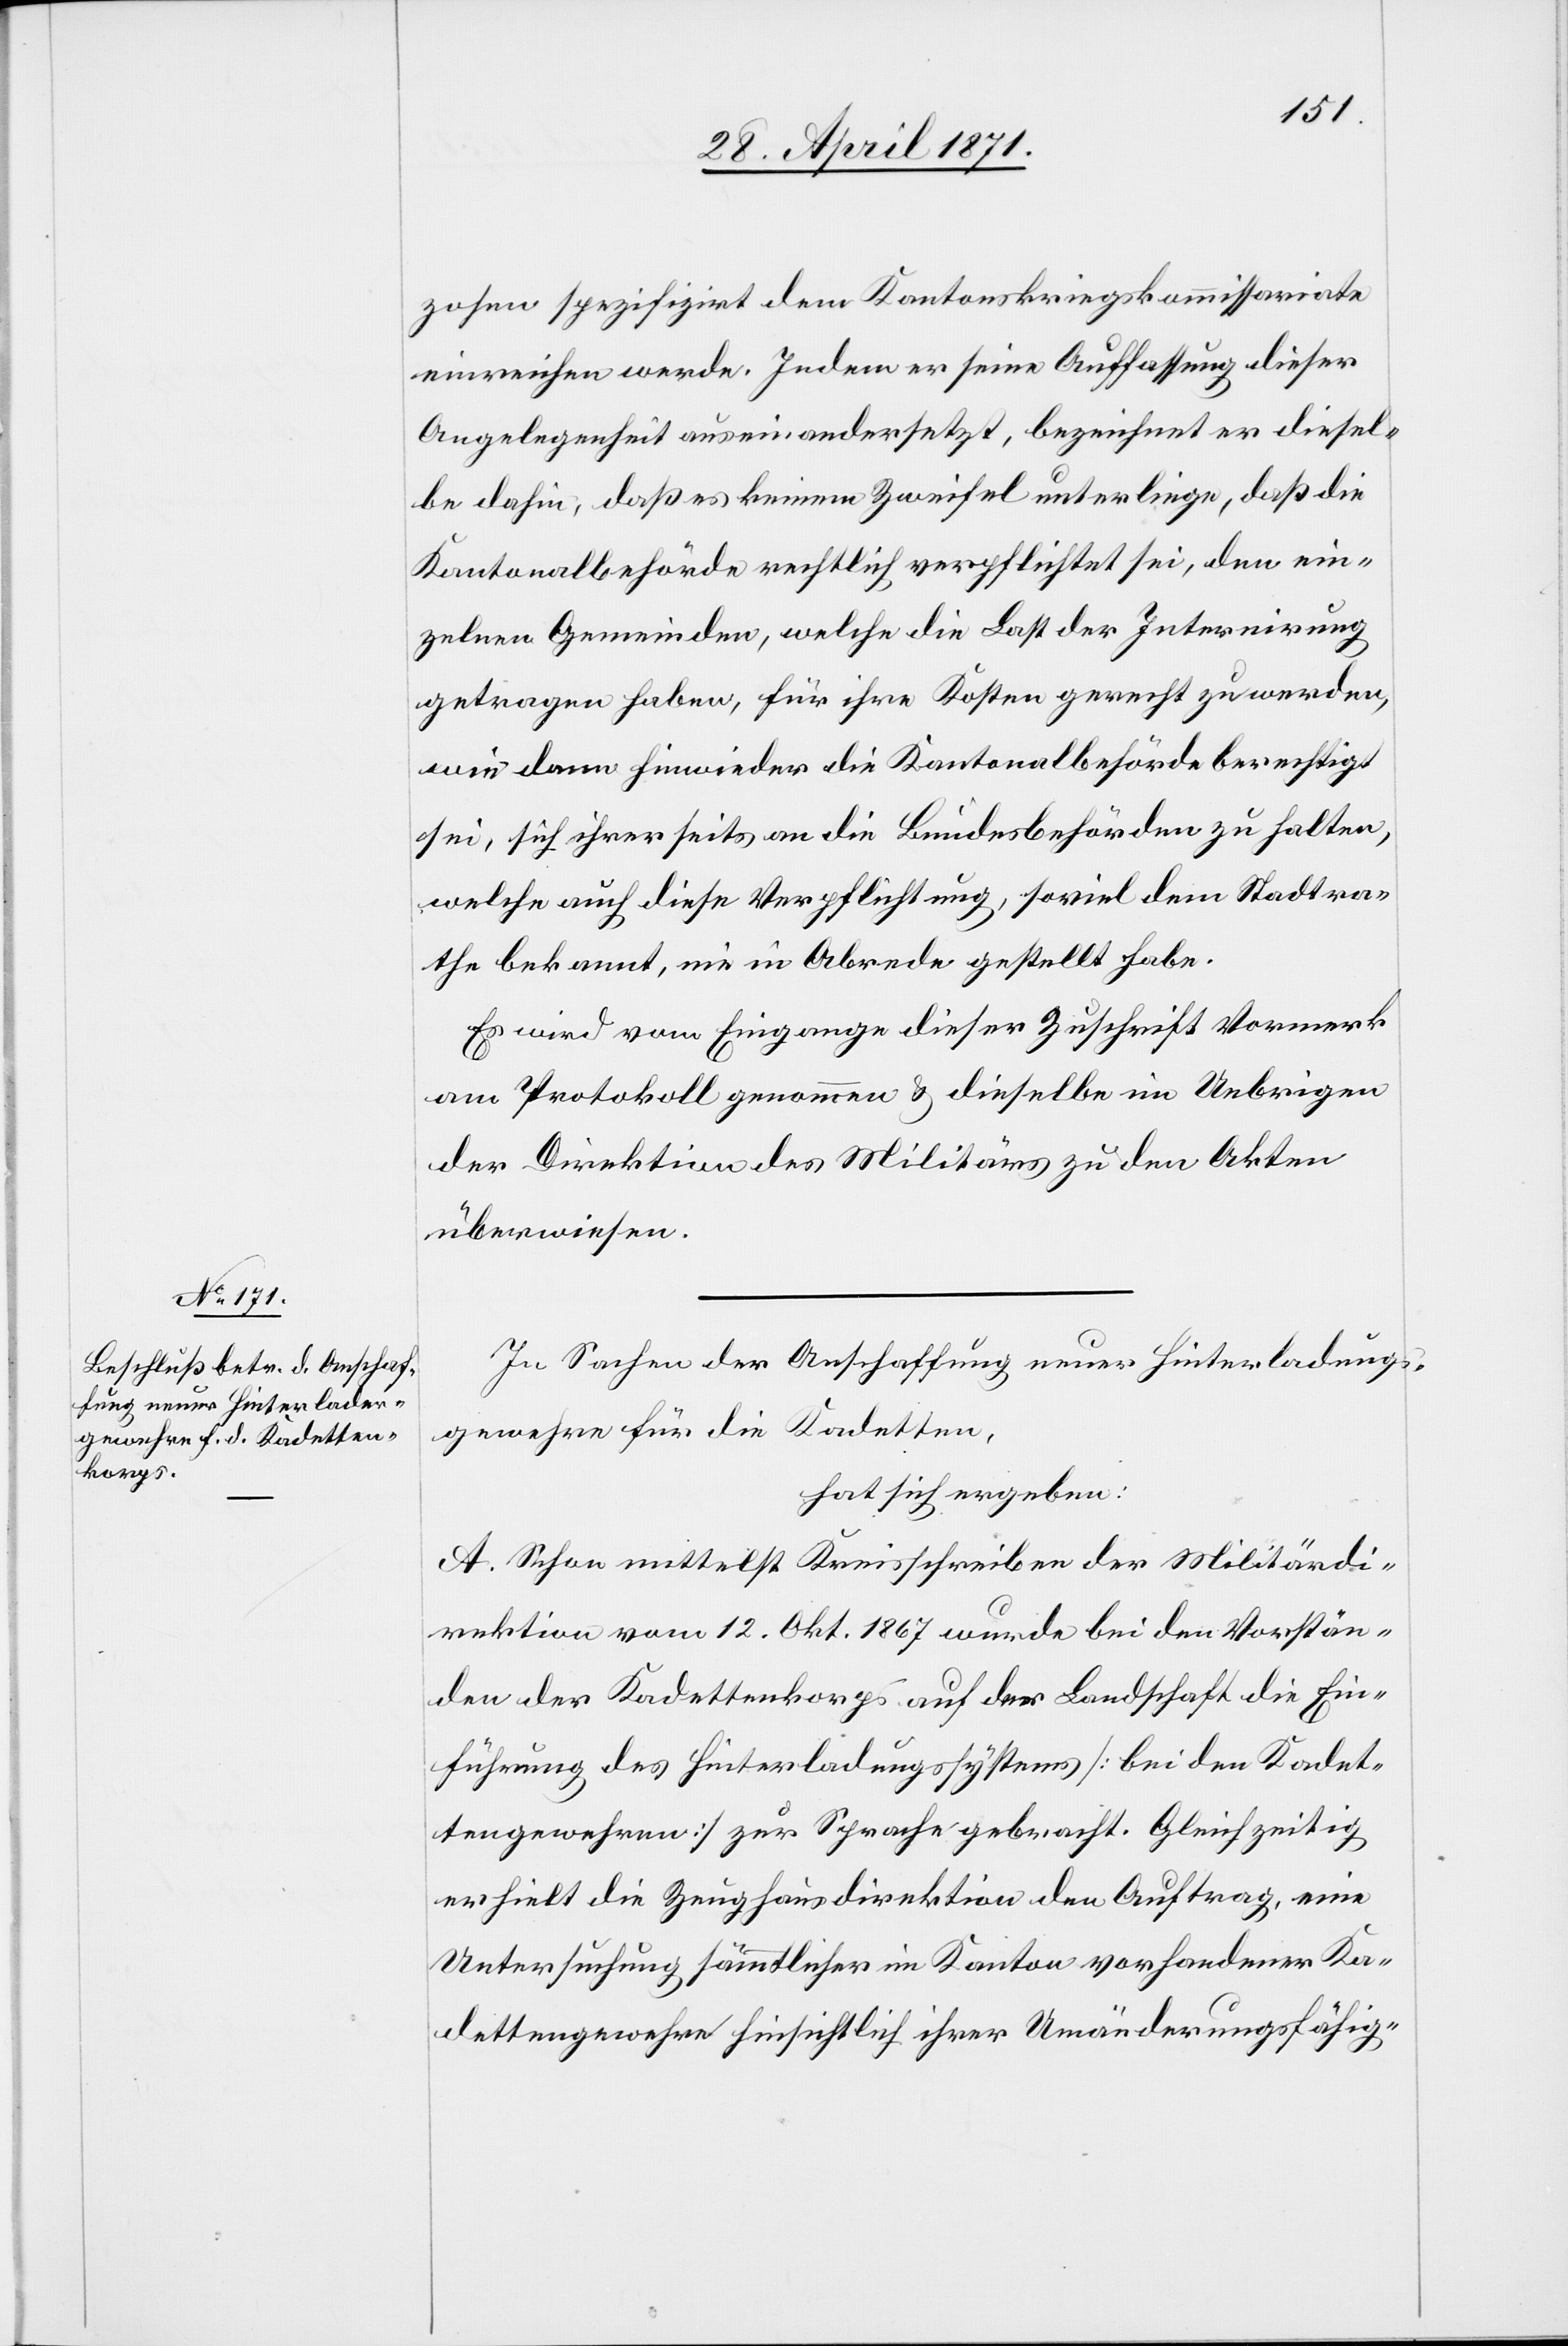
zogen spezifizirt dem Kantonskriegskommissariate
einreichen werde. Indem er seine Auffassung dieser
Angelegenheit auseinandersetzt, bezeichnet er diesel¬
be dahin, daß es keinem Zweifel unterliege, daß die
Kantonalbehörde rechtlich verpflichtet sei, den ein¬
zelnen Gemeinden, welche die Last der Internirung
getragen haben, für ihre Kosten gerecht zu werden,
wie dann hinwieder die Kantonalbehörde berechtigt
sei, sich ihrer seits an die Bundesbehörden zu halten,
welche auch diese Verpflichtung, soviel dem Stadtra¬
the bekannt, nie in Abrede gestellt habe.
Es wird vom Eingange dieser Zuschrift Vormerk
am Protokoll genommen u. dieselbe im Uebrigen
der Direktion des Militärs zu den Akten
überwiesen.
In Sachen der Anschaffung neuer Hinterladungs¬
gewehre für die Kadetten,
hat sich ergeben:
A. Schon mittelst Kreisschreiben der Militärdi¬
rektion vom 12.Okt. 1867 wurde bei den Vorstän¬
den der Kadettenkorps auf der Landschaft die Ein¬
führung des Hinterladungssystems [bei den Kadet¬
tengewehren] zur Sprache gebracht. Gleichzeitig
erhielt die Zeughausdirektion den Auftrag, eine
Untersuchung sämmtlicher im Kanton vorhandener Ka¬
dettengewehre hinsichtlich ihrer Umänderungsfähig-